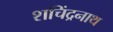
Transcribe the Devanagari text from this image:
शचिंद्रनाथ